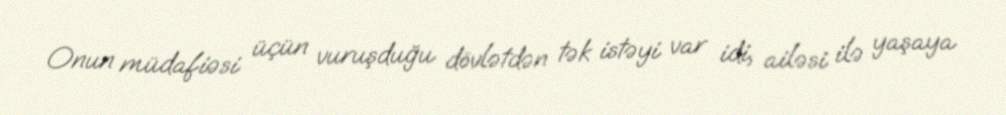
Onun müdafiəsi üçün vuruşduğu dövlətdən tək istəyi var idi, ailəsi ilə yaşaya